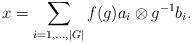
LaTeX: \begin{align*}x=\sum_{i=1,...,|G|}f(g)a_i\otimes g^{-1}b_i.\end{align*}